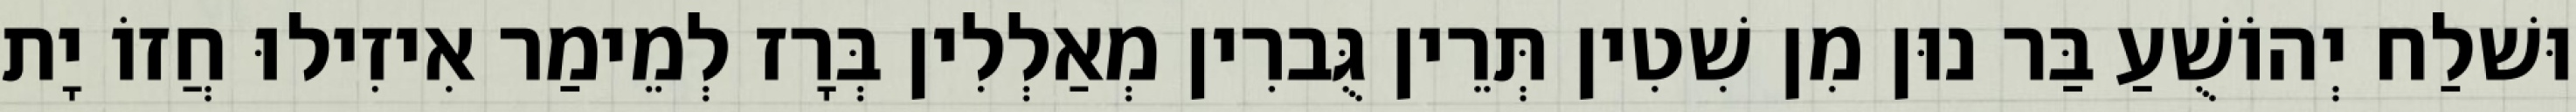
וּשׁלַח יְהוֹשֻׁעַ בַּר נוּן מִן שִׁטִין תְּרֵין גֻּברִין מְאַלְלִין בְּרָז לְמֵימַר אִיזִילוּ חֲזוֹ יָת